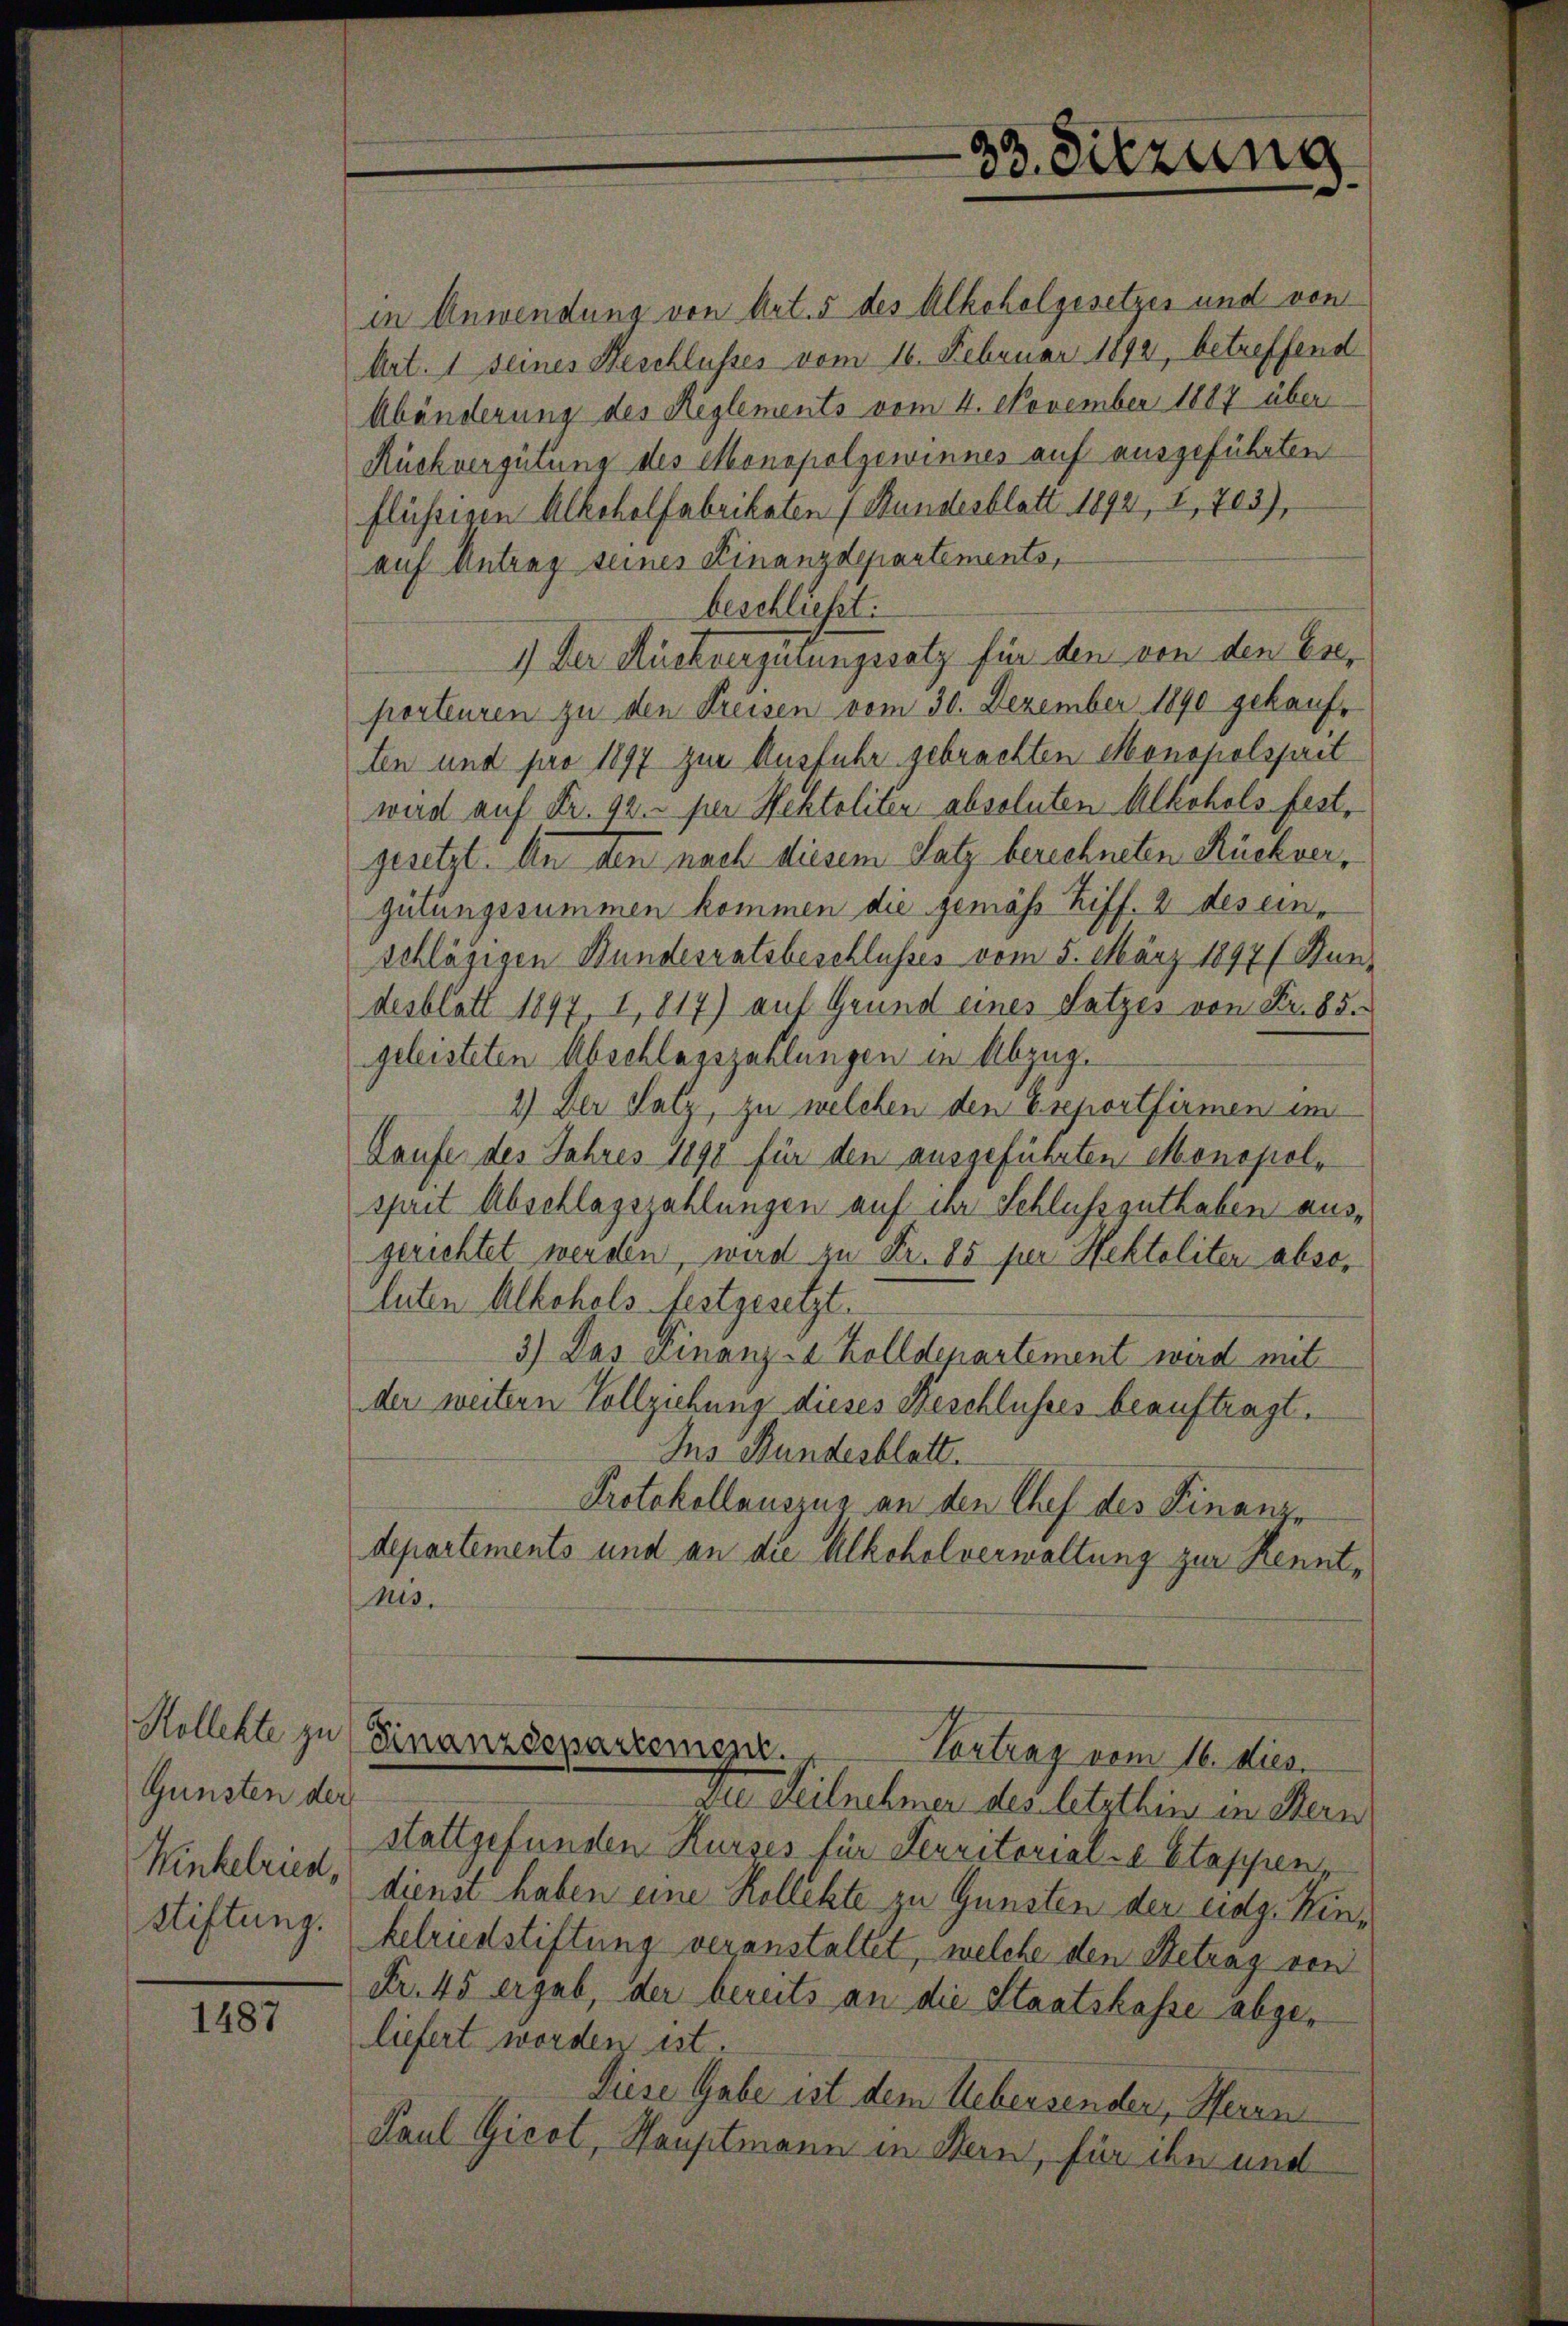
Kollekte zu
Gunsten der
Winkelried,
Stiftung.

1487

in Anwendung von Art. 5 des Alkoholgesetzes und von
Art. 1 seines Beschlusses vom 16. Februar 1892, betreffend
Abänderung des Reglements vom 4. November 1887 über
Rückvergütung des Monopolgewinnes auf ausgeführten
flüssigen Alkoholfabrikaten 1 Stundesblatt 1892, 2, 703),
auf Antrag seines Finanzdepartements,
beschließt:
1.) Der Rückvergütungssatz für den von den Er-
porteuren zu den Freisen vom 30. Dezember 1890 gekauf-
ten und pro 1897 zur Ausfuhr gebrachten Monopolsparit
wird auf Fr. 92. per Rektoliter absoluten Alkohols fest,
gesetzt. An den nach diesem Satz berechneten Rückvergütungssummen kommen die gemäss Ziff. 2 des einschlägigen Bundesratsbeschlusses vom 5. März 1897 (Bundesblatt 1897, I, 817) auf Grund eines Satzes von Fr. 85.
geleisteten Abschlagszahlungen in Abzug.
2.) Der Satz, zu welchen den Esportfirmen im
Laufe des Jahres 1890 für den ausgeführten Monopolsprit Abschlagszahlungen auf der Schlussguthaben ausgerichtet werden, wird zu Fr. 85 per Hektoliter absoluten Alkohols festgesetzt.
3) Das Finanz-A Zolldepartement wird mit
der weitern Vollziehung dieses Beschlusses beauftragt.
Ins Bundesblatt.
Protokollauszug an den Chef des Finanz-
departements und an die Alkoholverwaltung zur Kenntnis.

33. Sitzung

Finanzdepartement.
Vortrag vom 16. dies.
In Teilnehmer des letzthin in Hein

stattgefunden Kurses für Serritoriale Etappen
dienst haben eine Kollekte zu Gunsten der eidg. Kinkelriedstiftung veranstaltet, welche den Stetrag von
Fr. 45 ergab, der bereits an die Staatskasse abgeliefert worden ist.
Diese Gabe ist dem Uebersenden, Herrn
Paul Gicot, Hauptmann in Bern, für ihn und